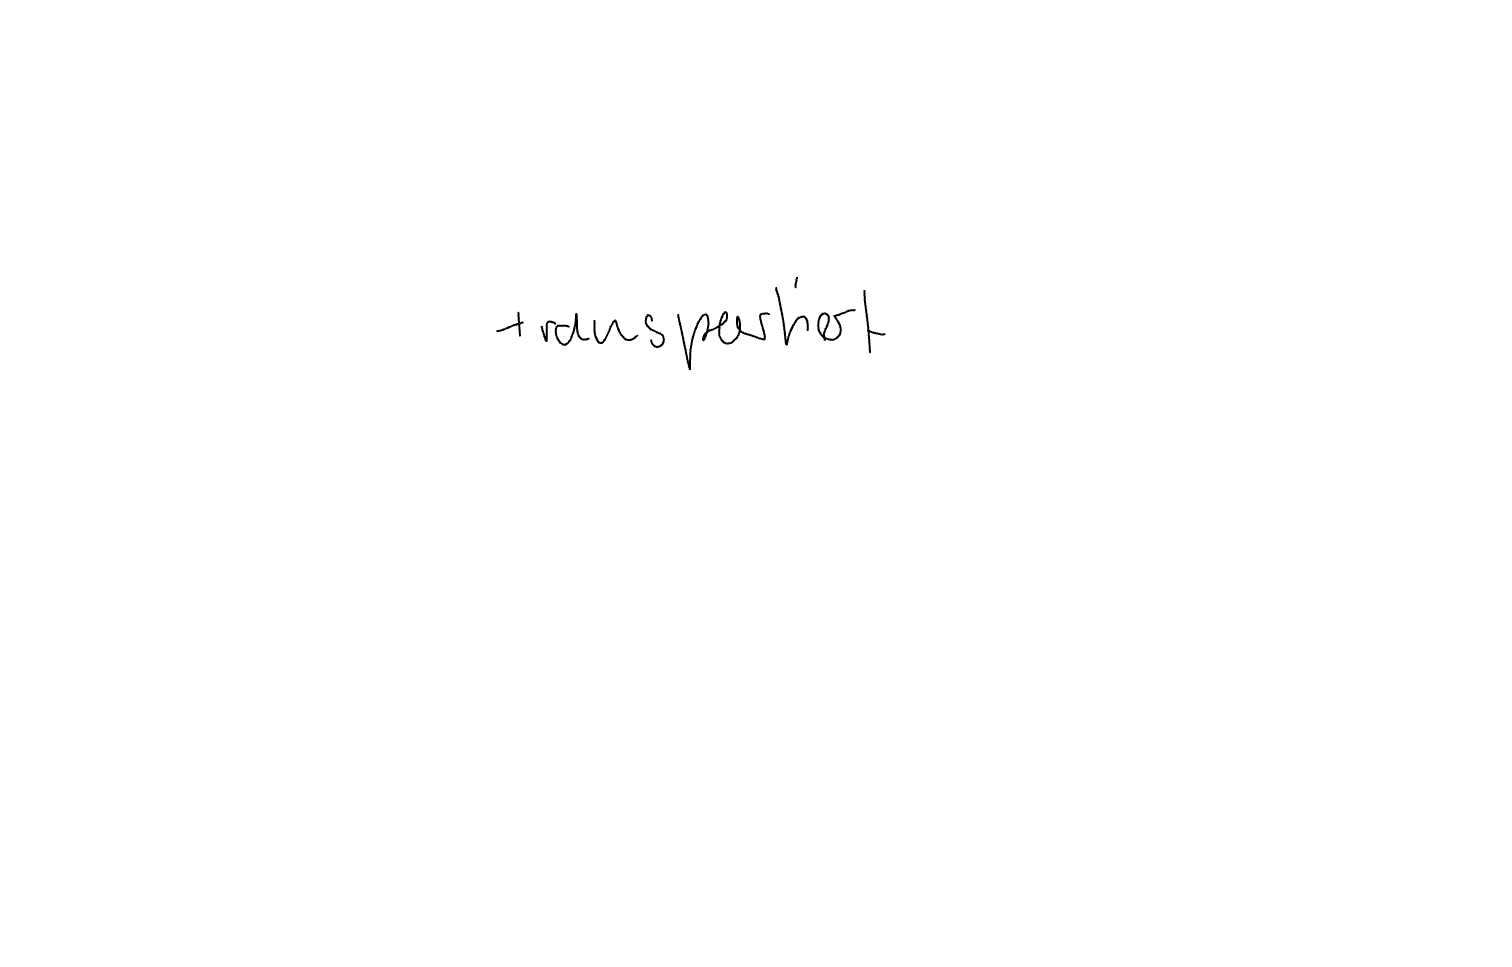
Text: transportiert